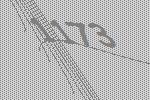
1173